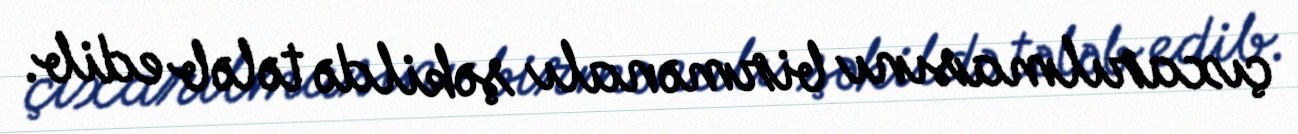
çıxarılmasını birmənalı şəkildə tələb edib.